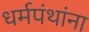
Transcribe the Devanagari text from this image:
धर्मपंथांना